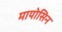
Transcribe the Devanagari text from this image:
मायोसिन